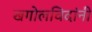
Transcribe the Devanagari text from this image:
खगोलविदांनी